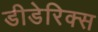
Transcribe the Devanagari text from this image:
डीडेरिक्स